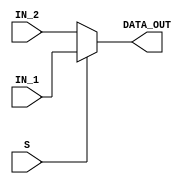
module MUX_32
(
	input [31:0]IN_1,
	input [31:0]IN_2,
	input S,
	output reg [31:0]DATA_OUT
);

always @*
begin
	if (S)
	begin
		DATA_OUT = IN_1;
	end
	else
	begin
		DATA_OUT = IN_2;
	end
end

endmodule